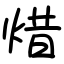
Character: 焟